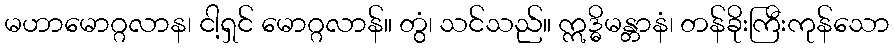
မဟာမောဂ္ဂလာန၊ ငါ့ရှင် မောဂ္ဂလာန်။ တွံ၊ သင်သည်။ ဣဒ္ဓိမန္တာနံ၊ တန်ခိုးကြီးကုန်သော